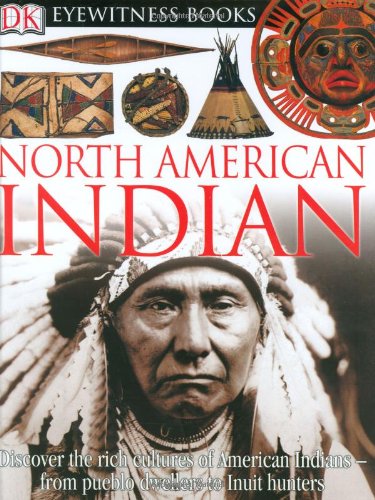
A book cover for DK Eyewitness Books: North American Indian; David S. Murdoch; Children's Books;